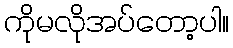
ကိုမလိုအပ်တော့ပါ။